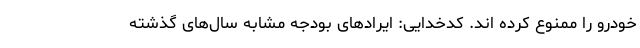
خودرو را ممنوع کرده اند. کدخدایی: ایرادهای بودجه مشابه سال‌های گذشته